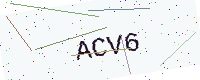
Text: ACV6